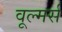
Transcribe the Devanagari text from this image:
वूल्मर्स